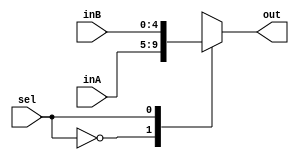
`timescale 1ns / 1ps
//  Hanlin Chen Adam Awale Percentage 50/50 
module Mux5Bit2To1(out, inA, inB, sel);

    output reg [4:0] out;
   
    input [4:0] inA;
    input [4:0] inB;
    input sel;
 
   always@*begin 
      case(sel)
      1'b0:out<=inA;
      1'b1:out<=inB;
      endcase 
   end 
endmodule